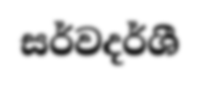
සර්වදර්ශී